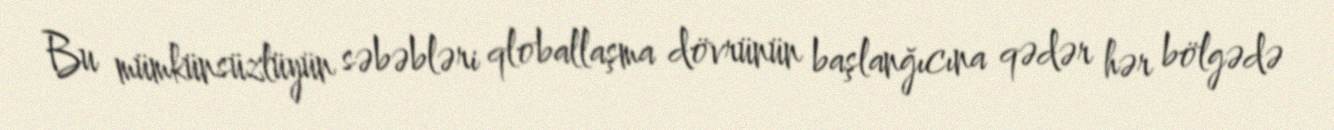
Bu mümkünsüzlüyün səbəbləri qloballaşma dövrünün başlanğıcına qədər hər bölgədə